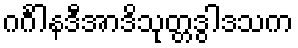
ဂင်္ဂါနဒီအာဒိသုတ္တဒွါဒသက